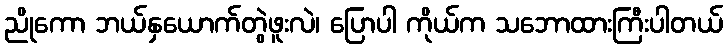
ညိုကော ဘယ်နှယောက်တွဲဖူးလဲ၊ ပြောပါ ကိုယ်က သဘောထားကြီးပါတယ်